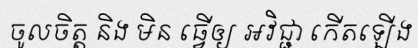
ចូលចិត្ត និង មិន ធ្វើឲ្យ អវិជ្ជា កើតឡើង